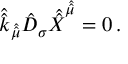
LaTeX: \hat { \hat { k } } _ { \hat { \hat { \mu } } } \hat { D } _ { \sigma } \hat { \hat { X } } ^ { \hat { \hat { \mu } } } = 0 \, .